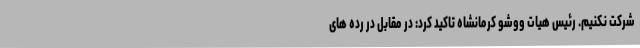
شرکت نکنیم. رئیس هیات ووشو کرمانشاه تاکید کرد: در مقابل در رده های